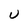
Character: U